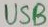
Text: USB